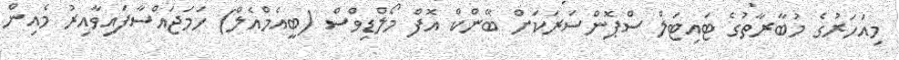
މިއަހަރުގެ މުބާރާތުގެ ޓައިޓަލް ސްޕޮންސަރަކަށް ބޭންކް އޮފް މޯލްޑިވްސް (ބީއެމްއެލް) ހަމަޖައްސާފައިވާއިރު މެއިން